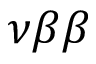
\nu \beta \beta